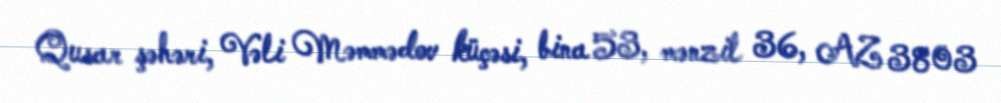
Qusar şəhəri, Vəli Məmmədov küçəsi, bina 53, mənzil 36, AZ 3803